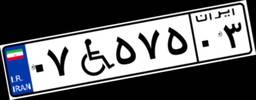
۰۷W۵۷۵۰۳